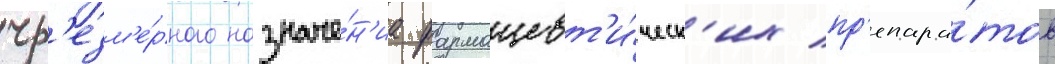
чр'езм'е́рного назначе́н'иа фармацевт'и́ческ'их пр'епара́тов